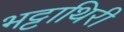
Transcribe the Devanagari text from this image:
भट्टाथिरी